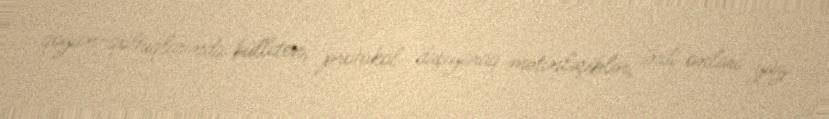
qoyun-qoltuqlarında bülleten, protokol daşıyaraq mətinləşiblər, indi onları yüz